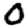
Digit: 0